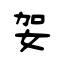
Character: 妿